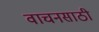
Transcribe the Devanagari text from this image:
वाचनसाठी